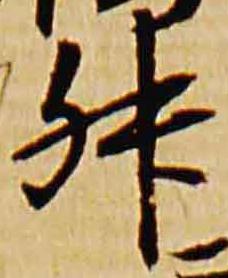
升